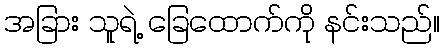
အခြား သူရဲ့ ခြေထောက်ကို နင်းသည်။